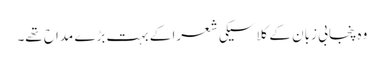
وہ پنجابی زبان کے کلاسیکی شعرا کے بہت بڑے مداح تھے۔